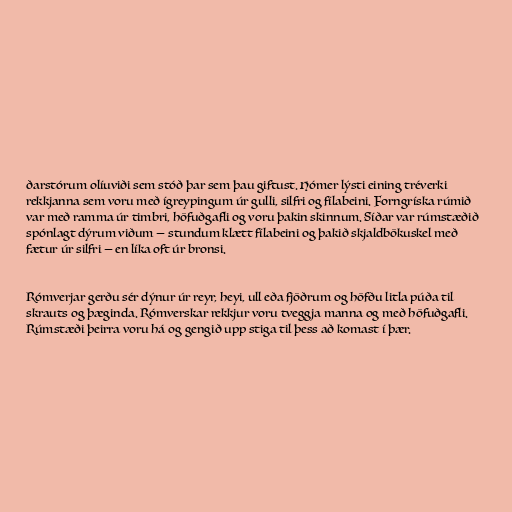
ðarstórum olíuviði sem stóð þar sem þau giftust. Hómer lýsti eining tréverki
rekkjanna sem voru með ígreypingum úr gulli, silfri og fílabeini. Forngríska rúmið
var með ramma úr timbri, höfuðgafli og voru þakin skinnum. Síðar var rúmstæðið
spónlagt dýrum viðum — stundum klætt fílabeini og þakið skjaldbökuskel með
fætur úr silfri — en líka oft úr bronsi.

Rómverjar gerðu sér dýnur úr reyr, heyi, ull eða fjöðrum og höfðu litla púða til
skrauts og þæginda. Rómverskar rekkjur voru tveggja manna og með höfuðgafli.
Rúmstæði þeirra voru há og gengið upp stiga til þess að komast í þær.